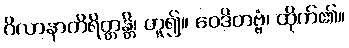
ဂိလာနာတိရိတ္တန္တိ၊ ဟူ၍။ ဝေဒိတဗ္ဗံ၊ ထိုက်၏။